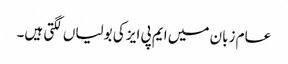
عام زبان میں ایم پی ایز کی بولیاں لگتی ہیں۔